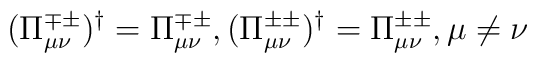
(\Pi^{\mp\pm}_{\mu\nu})^\dag=\Pi^{\mp\pm}_{\mu\nu},    (\Pi^{\pm\pm}_{\mu\nu})^\dag=\Pi^{\pm\pm}_{\mu\nu}, \mu\neq\nu